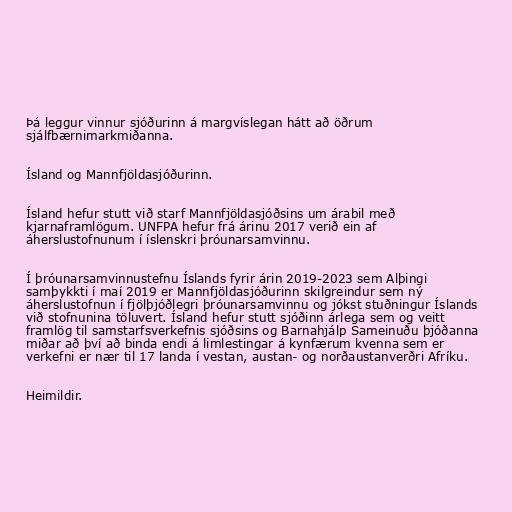
Þá leggur vinnur sjóðurinn á margvíslegan hátt að öðrum
sjálfbærnimarkmiðanna.

Ísland og Mannfjöldasjóðurinn.

Ísland hefur stutt við starf Mannfjöldasjóðsins um árabil með
kjarnaframlögum. UNFPA hefur frá árinu 2017 verið ein af
áherslustofnunum í íslenskri þróunarsamvinnu.

Í þróunarsamvinnustefnu Íslands fyrir árin 2019-2023 sem Alþingi
samþykkti í maí 2019 er Mannfjöldasjóðurinn skilgreindur sem ný
áherslustofnun í fjölþjóðlegri þróunarsamvinnu og jókst stuðningur Íslands
við stofnunina töluvert. Ísland hefur stutt sjóðinn árlega sem og veitt
framlög til samstarfsverkefnis sjóðsins og Barnahjálp Sameinuðu þjóðanna
miðar að því að binda endi á limlestingar á kynfærum kvenna sem er
verkefni er nær til 17 landa í vestan, austan- og norðaustanverðri Afríku.

Heimildir.